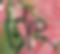
টাং